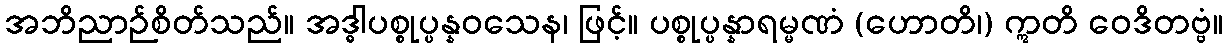
အဘိညာဉ်စိတ်သည်။ အဒ္ဓါပစ္စုပ္ပန္နဝသေန၊ ဖြင့်။ ပစ္စုပ္ပန္နာရမ္မဏံ (ဟောတိ၊) ဣတိ ဝေဒိတဗ္ဗံ။